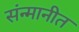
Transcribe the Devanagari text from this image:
संन्मानीत